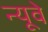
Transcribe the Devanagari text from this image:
न्यूवे